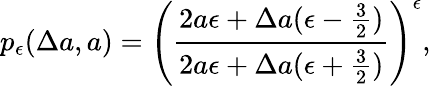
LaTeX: p_{\epsilon}(\Delta a,a)=\left(\frac{2a\epsilon+\Delta a(\epsilon-\frac{3}{2})}{2a\epsilon+\Delta a(\epsilon+\frac{3}{2})}\right)^{\epsilon},